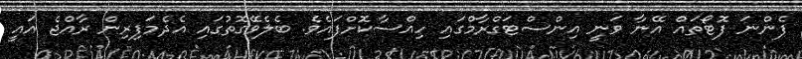
ފެންނަ ފޮޓޯތައް އޭނާ ވަނީ އިންސްޓަގްރާމްގައި ހިއްސާކޮށްފައެވެ. ބެލެވޭގޮތުގައި އެދެމަފިރިން ރާއްޖެ އައީ